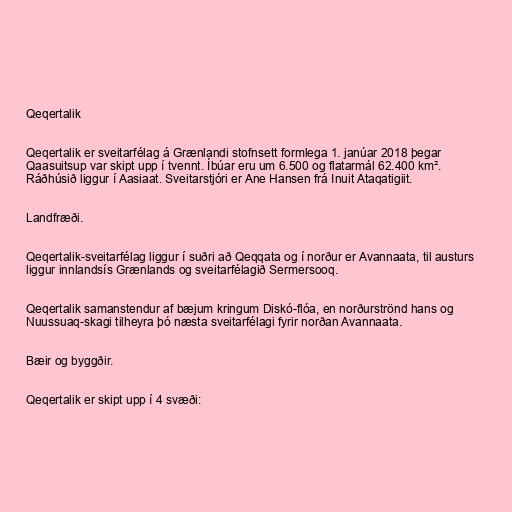
Qeqertalik

Qeqertalik er sveitarfélag á Grænlandi stofnsett formlega 1. janúar 2018 þegar
Qaasuitsup var skipt upp í tvennt. Íbúar eru um 6.500 og flatarmál 62.400 km².
Ráðhúsið liggur í Aasiaat. Sveitarstjóri er Ane Hansen frá Inuit Ataqatigiit.

Landfræði.

Qeqertalik-sveitarfélag liggur í suðri að Qeqqata og í norður er Avannaata, til austurs
liggur innlandsís Grænlands og sveitarfélagið Sermersooq.

Qeqertalik samanstendur af bæjum kringum Diskó-flóa, en norðurströnd hans og
Nuussuaq-skagi tilheyra þó næsta sveitarfélagi fyrir norðan Avannaata.

Bæir og byggðir.

Qeqertalik er skipt upp í 4 svæði: